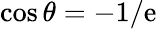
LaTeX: \cos\theta=-1/\mathrm{e}